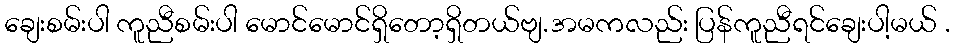
ချေးစမ်းပါ ကူညီစမ်းပါ မောင်မောင်ရှိတော့ရှိတယ်ဗျ.အမကလည်း ပြန်ကူညီရင်ချေးပါ့မယ် .